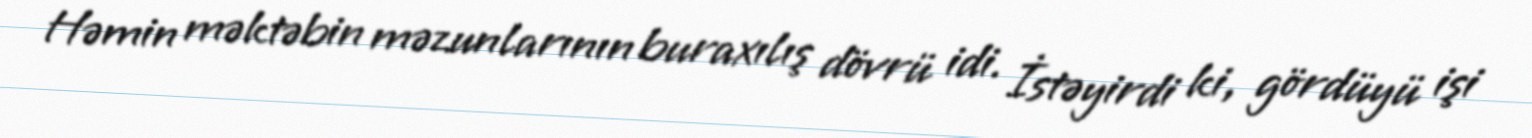
Həmin məktəbin məzunlarının buraxılış dövrü idi. İstəyirdi ki, gördüyü işi